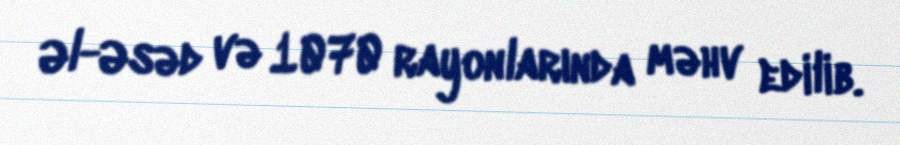
Əl-Əsəd və 1070 rayonlarında məhv edilib.